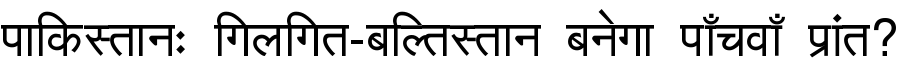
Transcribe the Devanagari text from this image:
पाकिस्तानः गिलगित-बल्तिस्तान बनेगा पाँचवाँ प्रांत?